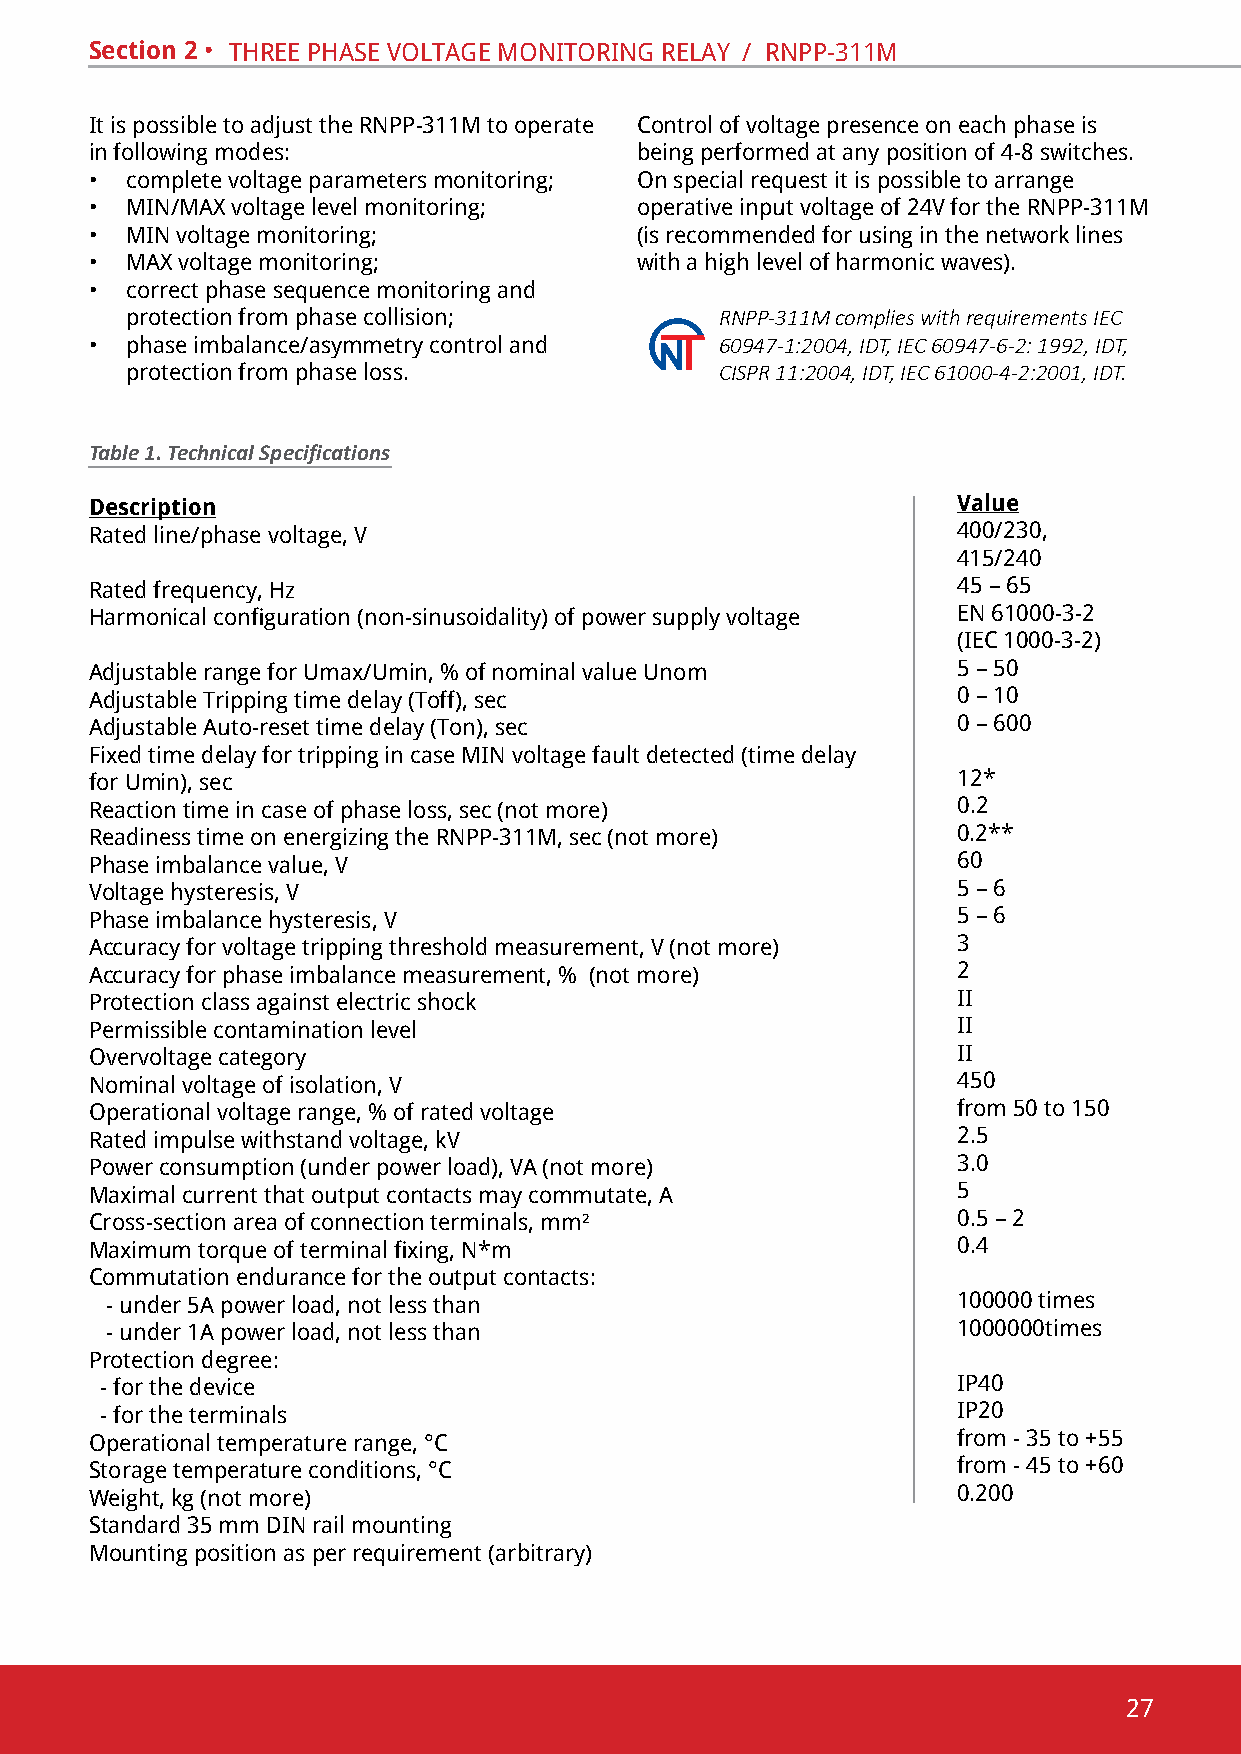
Section 2 • thRee phase voltaGe monitoRinG RelaY / Rnpp-311m
 it is possible to adjust the Rnpp-311m to operate control of voltage presence on each phase is
 in following modes:                 being performed at any position of 4-8 switches.
 • complete voltage parameters monitoring; on special request it is possible to arrange
 • min/maX voltage level monitoring; operative input voltage of 24v for the Rnpp-311m
 • min voltage monitoring;           (is recommended for using in the network lines
 • maX voltage monitoring;           with a high level of harmonic waves).
 • correct phase sequence monitoring and
 protection from phase collision;        RNPP-311M complies with requirements IEC
 • phase imbalance/asymmetry control and   60947-1:2004, ІDТ, ІEC 60947-6-2: 1992, ІDT,
 protection from phase loss.             CISPR 11:2004, IDT, IEC 61000-4-2:2001, IDT.
 Table 1. Technical Specifications
 Description                                              Value
 Rated line/phase voltage, v                              400/230,
 415/240
 Rated frequency, hz                                      45 – 65
 Harmonical configuration (non-sinusoidality) of power supply voltage en 61000-3-2
 (iec 1000-3-2)
 Adjustable range for Umax/Umin, % of nominal value Unom  5 – 50
 adjustable tripping time delay (toff), sec               0 – 10
 adjustable auto-reset time delay (ton), sec              0 – 600
 Fixed time delay for tripping in case MIN voltage fault detected (time delay
 for umin), sec                                           12*
 Reaction time in case of phase loss, sec (not more)      0.2
 Readiness time on energizing the Rnpp-311m, sec (not more) 0.2**
 phase imbalance value, v                                 60
 voltage hysteresis, v                                    5 – 6
 phase imbalance hysteresis, v                            5 – 6
 accuracy for voltage tripping threshold measurement, v (not more) 3
 accuracy for phase imbalance measurement, % (not more)   2
 protection class against electric shock                  ii
 permissible contamination level                          ii
 overvoltage category                                     ii
 nominal voltage of isolation, v                          450
 operational voltage range, % of rated voltage            from 50 to 150
 Rated impulse withstand voltage, kv                      2.5
 power consumption (under power load), va (not more)      3.0
 Maximal current that output contacts may commutate, A    5
 cross-section area of connection terminals, mm²          0.5 – 2
 Maximum torque of terminal fixing, N*m                   0.4
 commutation endurance for the output contacts:
 - under 5А power load, not less than                    100000 times
 - under 1А power load, not less than                    1000000times
 protection degree:
 - for the device                                        ip40
 - for the terminals                                     ip20
 Operational temperature range, °С                        from - 35 to +55
 Storage temperature conditions, °С                       from - 45 to +60
 Weight, kg (not more)                                    0.200
 standard 35 mm din rail mounting
 mounting position as per requirement (arbitrary)
 27